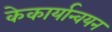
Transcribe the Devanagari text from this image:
केकार्यान्वयन